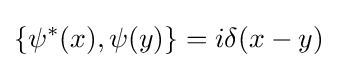
\{\psi ^{*}(x),\psi (y)\}=i\delta (x-y)